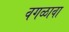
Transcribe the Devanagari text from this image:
वगळावा